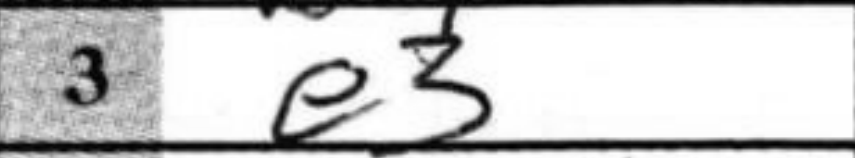
Transcription: e3